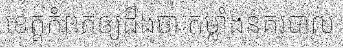
ខេត្តកំពតឲ្យដឹងថា កម្លាំងនគរបាល